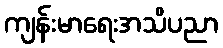
ကျန်းမာရေးအသိပညာ